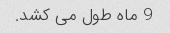
9 ماه طول می کشد.